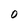
Character: O